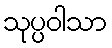
သုပ္ပဝါသာ